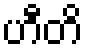
ဟီတိ